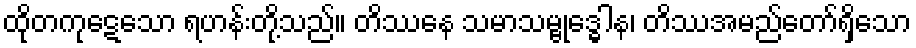
ထိုတကုဋေသော ရဟန်းတို့သည်။ တိဿေန သမာသမ္ဗုဒ္ဓေါန၊ တိဿအမည်တော်ရှိသော